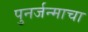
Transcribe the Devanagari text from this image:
पुनर्जन्माचा